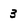
Character: 3